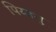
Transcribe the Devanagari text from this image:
पियानू